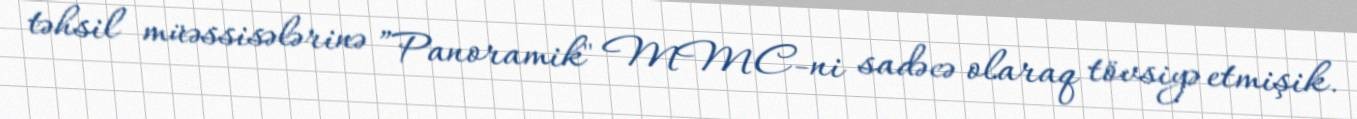
təhsil müəssisələrinə ”Panoramik" MMC-ni sadəcə olaraq tövsiyə etmişik.